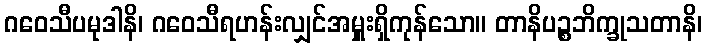
ဂဝေသီပမုဒါနိ၊ ဂဝေသီရဟန်းလျှင်အမှူးရှိကုန်သော။ တာနိပဉ္စဘိက္ခုသတာနိ၊